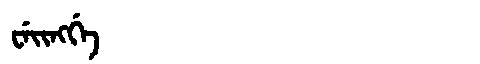
Manchu: ᠸᡝᡳᠩᡤᡝ
Romanization: WEINGGE